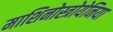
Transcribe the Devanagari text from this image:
माशिनोस्त्रोयेनिया